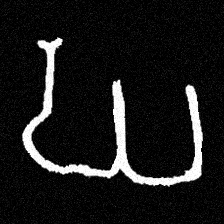
Pyu character \u2014 Myanmar letter: ဃ (romanized: gha)